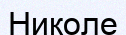
Николе